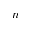
n